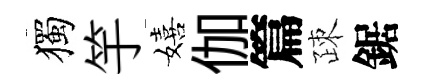
獨竽嬉伽篇疎鋸